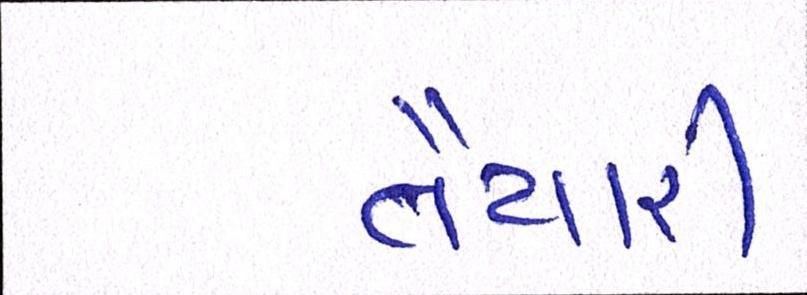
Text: તૈયારી